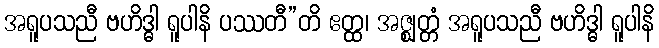
အရူပသညီ ဗဟိဒ္ဓါ ရူပါနိ ပဿတီ”တိ ဧတ္ထ၊ အဇ္ဈတ္တံ အရူပသညီ ဗဟိဒ္ဓါ ရူပါနိ